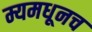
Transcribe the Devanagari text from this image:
म्यमधूनच